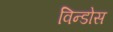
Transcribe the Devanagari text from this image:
विन्डोस